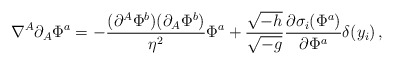
\begin{align*}\nabla^A\partial_A\Phi^a =-{(\partial^A\Phi^b)(\partial_A\Phi^b) \over \eta^2}\Phi^a+{\sqrt{-h} \over \sqrt{-g}}{\partial\sigma_i(\Phi^a) \over \partial\Phi^a}\delta(y_i)\,,\end{align*}